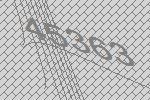
45363